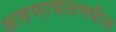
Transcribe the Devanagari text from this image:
अरुणाचलमधील